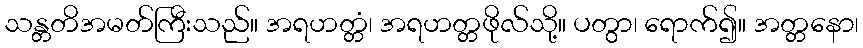
သန္တတိအမတ်ကြီးသည်။ အရဟတ္တံ၊ အရဟတ္တဖိုလ်သို့။ ပတွာ၊ ရောက်၍။ အတ္တနော၊